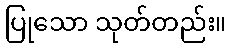
ပြုသော သုတ်တည်း။